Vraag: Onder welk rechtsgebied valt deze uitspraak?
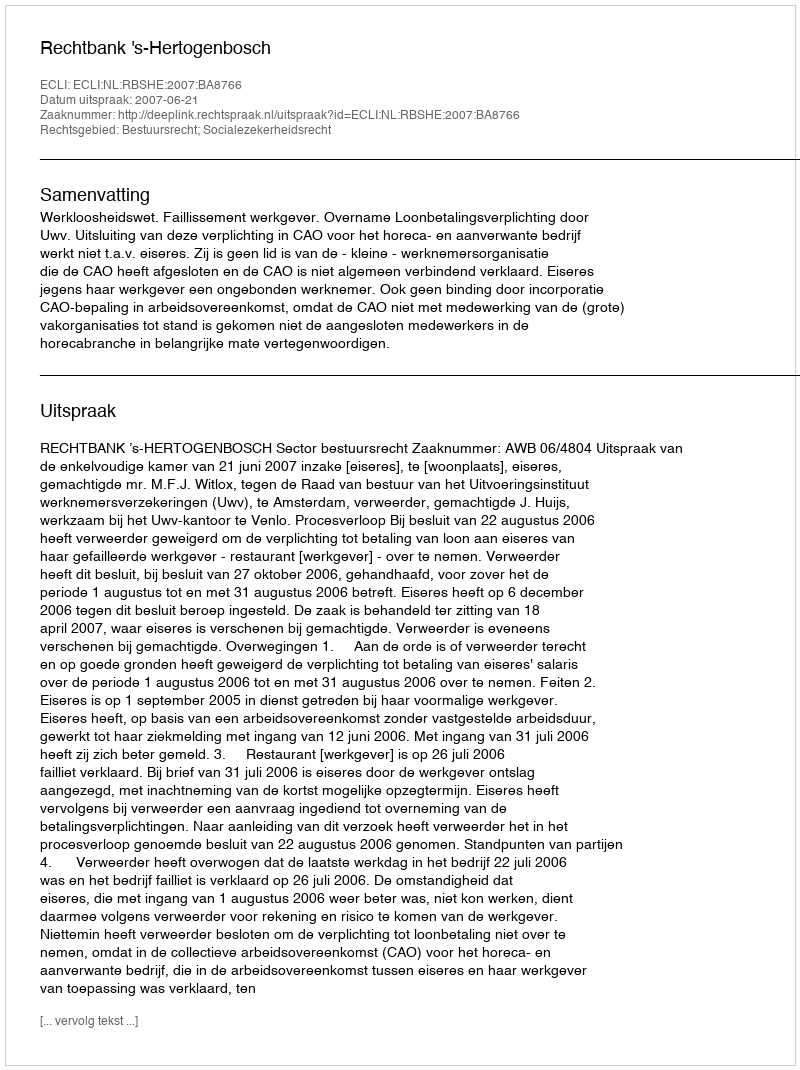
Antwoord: Bestuursrecht; Socialezekerheidsrecht